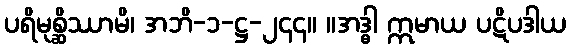
ပရိမုစ္ဆိဿာမိ၊ အဘိ-၁-ဋ္ဌ-၂၄၄။ ။အဒ္ဓါ ဣမာယ ပဋိပဒါယ